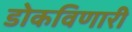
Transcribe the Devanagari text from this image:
डोकविणारी